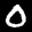
Label: 0